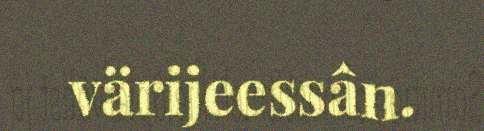
värijeessân.